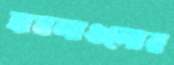
হামলাগুলোর